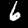
Digit: 6